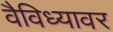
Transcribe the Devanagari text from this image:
वैविध्यावर